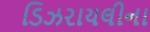
ડિઝરાયલીના